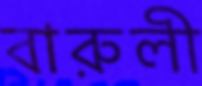
বারুলী